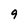
Character: 9